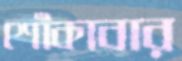
শোঁকাবার